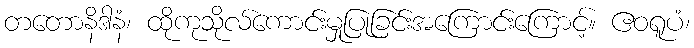
တတောနိဒါနံ၊ ထိုကုသိုလ်ကောင်းမှုပြုခြင်းအကြောင်းကြောင့်။ ဧဝရူပံ၊